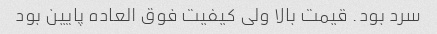
سرد بود. قیمت بالا ولی کیفیت فوق العاده پایین بود